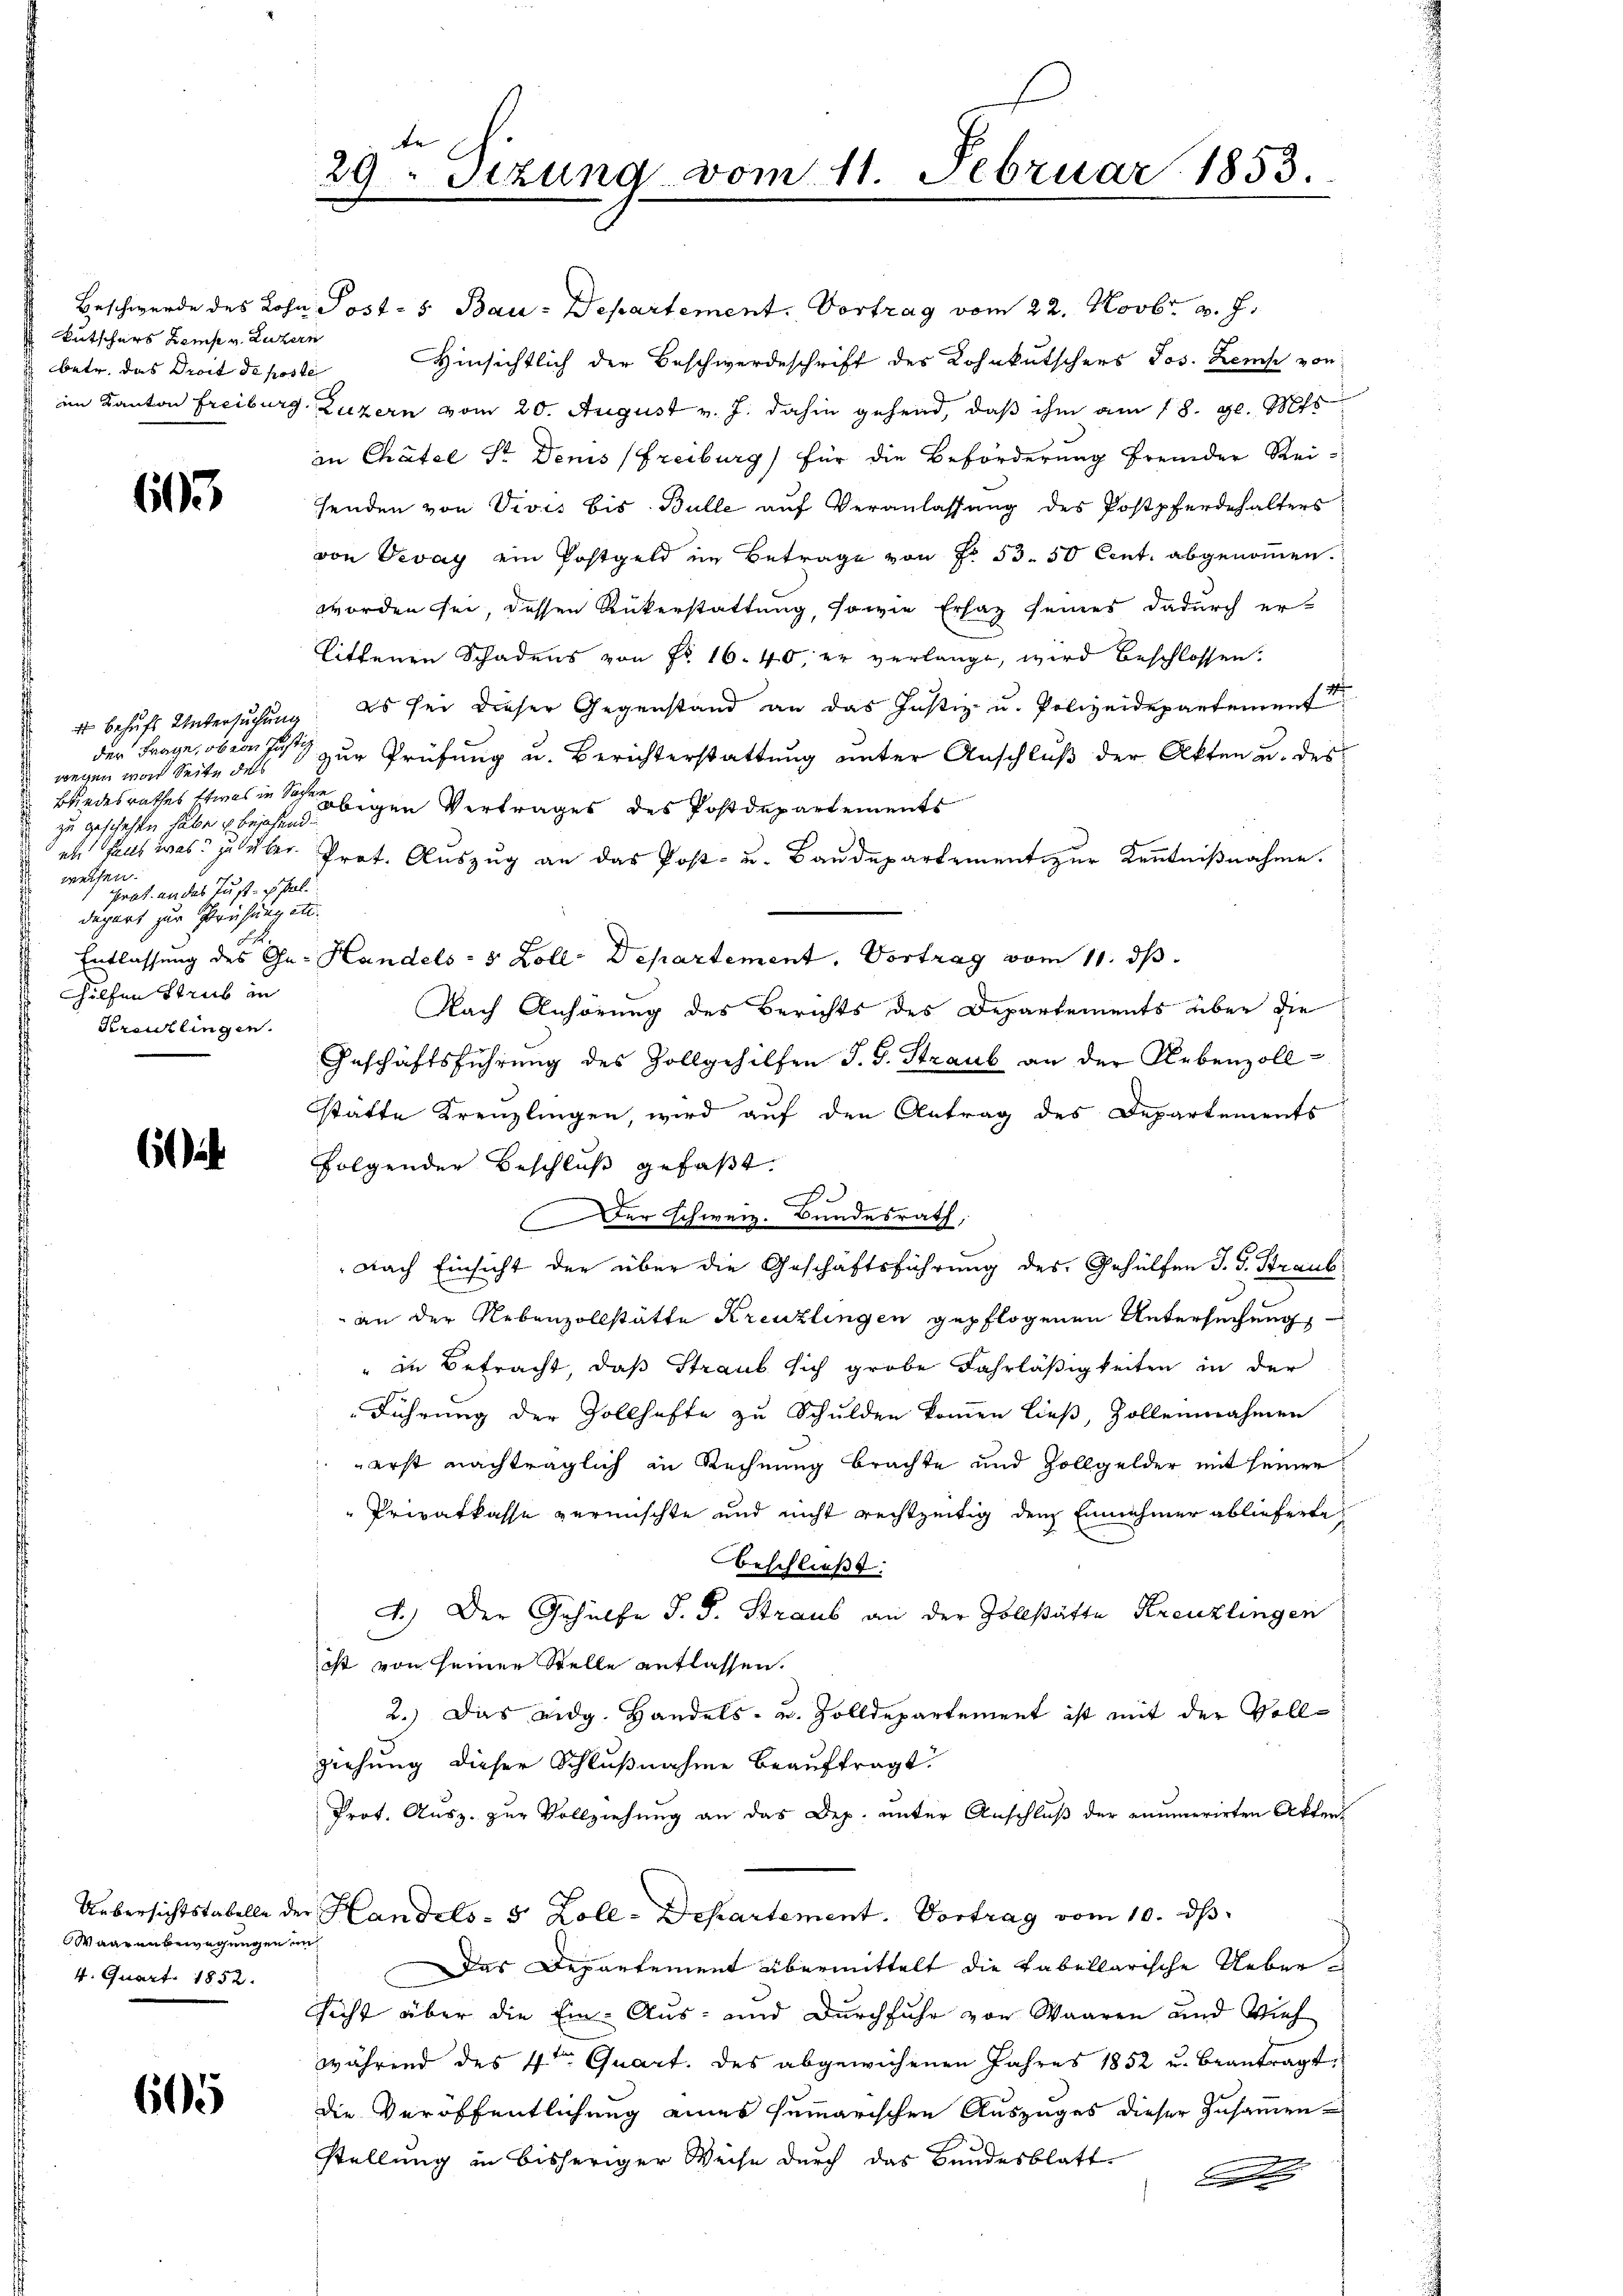
Butschers Zemp v. Luzern

603

der Frage, ob von Justiz
wegen von Seite dass
u. Brindesrathes Etwas in Sache.
zu geschehen habe u bejahend.
 welchen
Prat. an das Just- psal.
dägert zur Prüfung etc.
 hilfen Strub in
Kreuzlingen.

6

Waarenbewegungen an
4. Quart. 1852.

60

te
29. Sizung vom 11. Februar 1853.

Beschwerde des Lohn Post- 5 Bau-Departement. Vortrag vom 22. Novbr. v. J.
betr. das Droit de poste Hinsichtlich der Beschwerdeschrift des Lohnkutschers Jos. Zens von
im Kanton Freiburg, Luzern vom 20. August v. J. dahin gehend, daß ihm am 18. gl. Mts
in Chätel Sr. Denis (Freiburg) für die Beförderung fremder Reihenden von Vivis bis Bulle auf Veranlassung des Postpferdehalters
von Devay ein Postgeld im Betrage von Nr. 53. 50 Cent. abgenommen.
worden sei, dessen Rükerstattung, sowie Ersatz seines dadurch er-
littenen Schadens von Fr. 16. 40, er verlange, wird beschlossen:
4 behufs Untersuchung. Es sei dieser Gegenstand an das Justiz- u. Polizeidepartement
zur Prüfung u. Berichterstattung unter Anschluß der Akten u. des
bigen Vertrages des Postdepartements
en Haus was zu über Prot. Auszug an das Post- u. Baudepartement zur Kenntnißnahme.
Entlassung des Ge- Handels- & Zoll-Departement. Vortrag vom 11. ds.
Nach Anhörung des Berichts des Departements über die

Geschäftsführung des Zollgehilfen J. J. Straub an der Lebenzoll-
statte Kreuzlingen, wird auf den Antrag des Departements
folgender Beschluß gefaßt.
Der Schweiz. Bundesrath,
Nach Einsicht der über die Geschäftsführung des Gehülfen J. J. Straub
an der Nebenzollstätte Kreuzlingen gepflogenen Untersuchung
" in Betracht, daß Straub sich grobe Fahrläßigkeiten in der
Führung der Zollhafte zu Schulden kommen ließ, Zollennahmen
erst nachträglich in Rechnung brachte und Zollgelder mit seiner
Privatkasse vermischte und nicht rechtzeitig den Einnahmer ablieferte
beschließt:
c.) Der Gehülfe J. J. Straub an der Zollstätte Kreuzlingen
ist von seiner Stelle entlassen.
2.) Das eidg. Handels- u. Zolldepartement ist mit der Vollziehung dieser Schlußnahme beauftragt.
Prot. Ausz. zur Vollziehung an das Dep. unter Anschluß der enumerirten Akten¬
Uebersichtstabelle der Handels- 5 Zoll-Departement. Vortrag vom 10. dh.
Das Departement übermittelt die tabellarische Uebersicht über die Ein- Aus- und Durchfuhr von Waaren und Vieh
während des 4ten Quart. des abgewichenen Jahres 1852 u. beantragt,
die Veröffentlichung eines summarischen Auszuges dieser Zusammen¬
.
stellung in bisheriger Weise durch das Bundesblatt